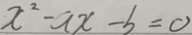
x ^ { 2 } - a x - b = 0